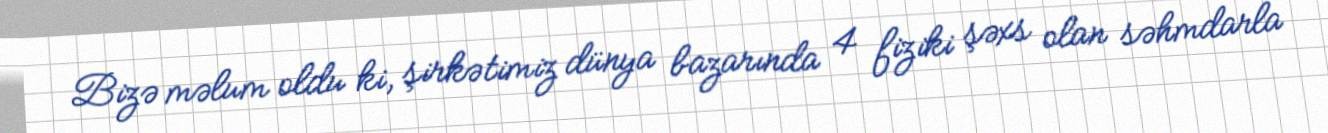
Bizə məlum oldu ki, şirkətimiz dünya bazarında 4 fiziki şəxs olan səhmdarla